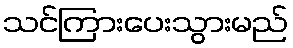
သင်ကြားပေးသွားမည်